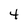
Character: 4